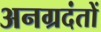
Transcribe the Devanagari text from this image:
अनग्रदंतों